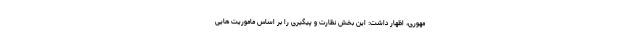
مهوری، اظهار داشت: این بخش نظارت و پیگیری را بر اساس ماموریت هایی